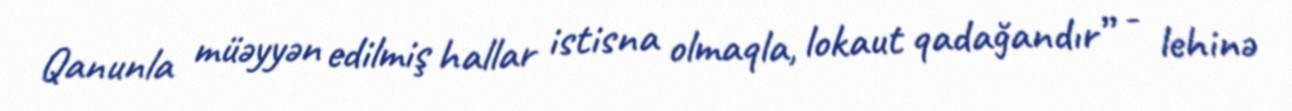
Qanunla müəyyən edilmiş hallar istisna olmaqla, lokaut qadağandır” - lehinə